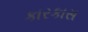
કારકાસ